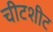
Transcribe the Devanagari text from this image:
चीटशीट